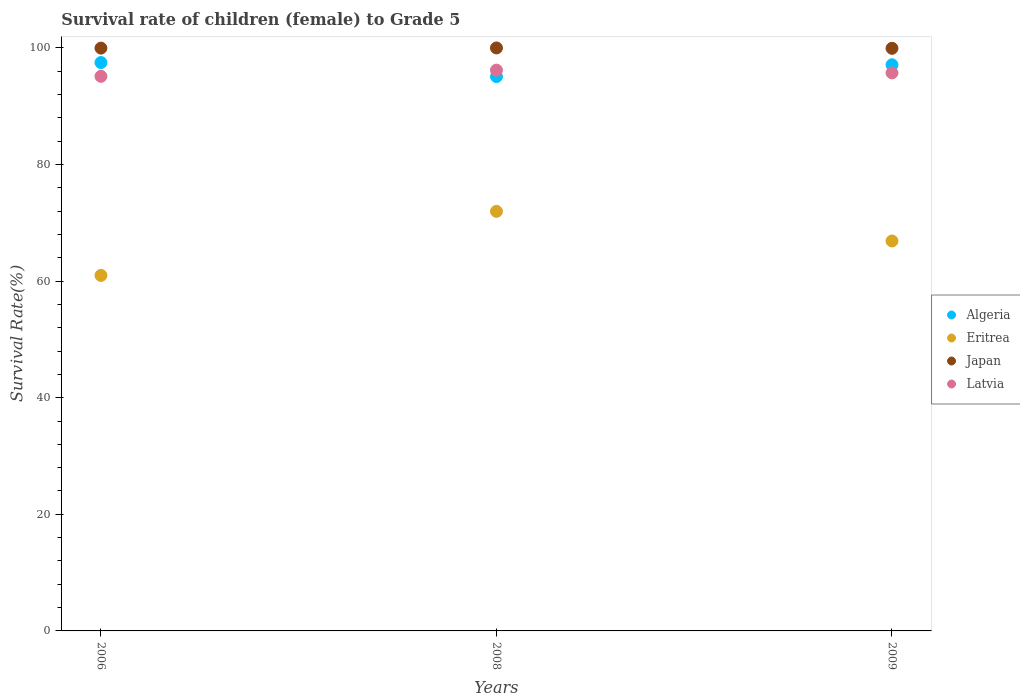
| Years | Algeria | Eritrea | Japan | Latvia |
 | --- | --- | --- | --- | --- |
 | 2006 | 97.5 | 61 | 100 | 95.1 |
 | 2008 | 95.1 | 72 | 100 | 96.2 |
 | 2009 | 97.1 | 66.9 | 99.9 | 95.7 |